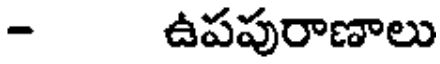
- ఉపపురాణాలు